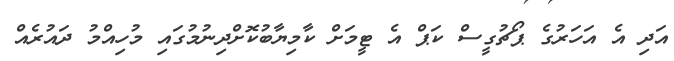
އަދި އެ އަހަރުގެ ޕޯޗުގީސް ކަޕް އެ ޓީމަށް ކާމިޔާބުކޮށްދިނުމުގައި މުހިއްމު ދައުރެއް